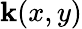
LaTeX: \mathbf{k}(x,y)